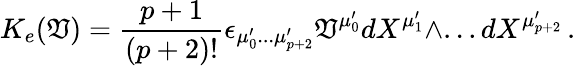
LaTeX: K_{e}(\mathfrak{V})=\frac{{p+1}}{{(p+2)!}}\epsilon_{\mu_{0}^{\prime}...\mu_{p+2}^{\prime}}\mathfrak{V}^{\mu_{0}^{\prime}}dX^{\mu_{1}^{\prime}}\wedge...dX^{\mu_{p+2}^{\prime}}\, .